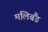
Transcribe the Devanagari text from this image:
मलिबैंड